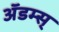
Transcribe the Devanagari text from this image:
ॲडम्स्